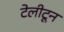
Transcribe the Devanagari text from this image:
टेलीटून